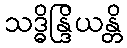
သဒ္ဓိန္ဒြိယန္တိ